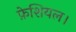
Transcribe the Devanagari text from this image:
फ़ेशियल।